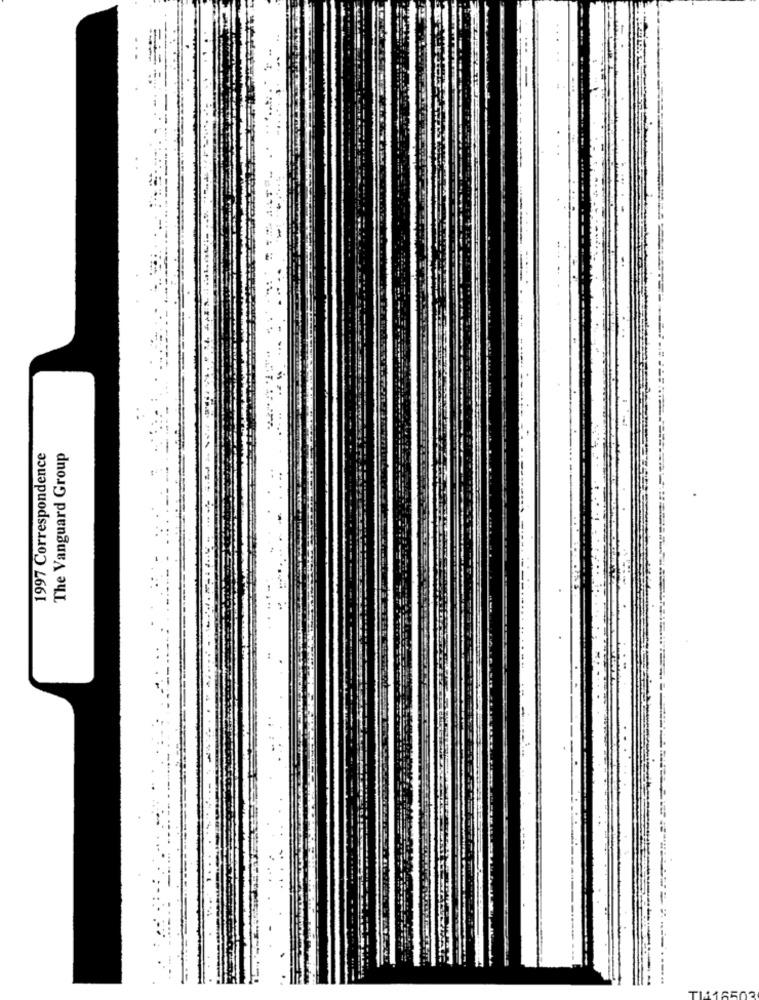
1997 Correspondence
The Vanguard Group